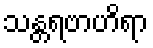
သန္တရဗာဟိရာ